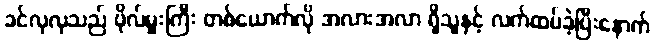
ခင်လှလှသည် ဗိုလ်မှူးကြီး တစ်ယောက်လို အလားအလာ ရှိသူနှင့် လက်ထပ်ခဲ့ပြီးနောက်